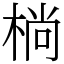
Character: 㭻